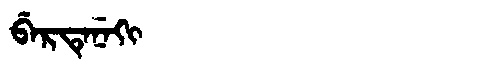
Manchu: ᠪᡝᡵᡨᡝᠨᡝᡴᡳ
Romanization: BERTENEKI